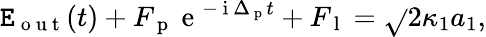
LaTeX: \mathtt{E}_{\mathrm{{~o~u~t~}}}(t)+F_{\mathrm{{~p~}}}\mathrm{{~e~}}^{-\mathrm{{~i~}}\Delta_{\mathrm{{~p~}}}t}+F_{\mathrm{{~l~}}}=\sqrt{}{{2\kappa_{1}}}a_{1},